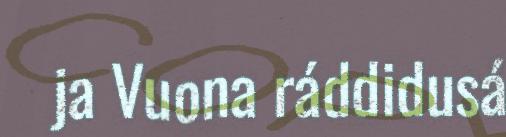
ja Vuona ráddidusá